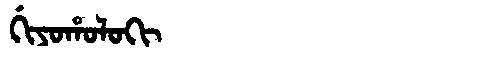
Manchu: ᡤᡳᠶᠣᡥᠣᠯᠣᡴᡳ
Romanization: GIYOHOLOKI